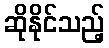
ဆိုနိုင်သည့်